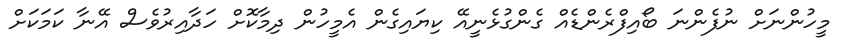
މީހުންނަށް ނުފެންނަ ބޯއިފްރެންޑެއް ގެންގުޅެނީއޭ ކިޔައިގެން އެމީހުން ދިމާކޮށް ހަދާއިރުވެސް އޭނާ ކަމަކަށް